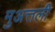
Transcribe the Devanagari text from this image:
मुअत्तली